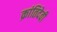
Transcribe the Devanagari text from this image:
क्रांतिदेवी